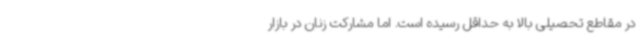
در مقاطع تحصیلی بالا به حداقل رسیده است. اما مشارکت زنان در بازار